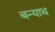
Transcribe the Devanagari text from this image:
बन्याथ